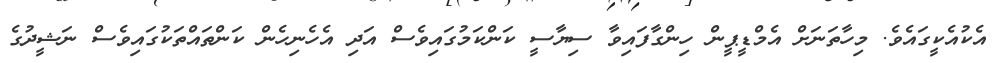
އެކުއެކީގައެވެ. މިހާތަނަށް އެމްޑީޕީން ހިންގާފައިވާ ސިޔާސީ ކަންކަމުގައިވެސް އަދި އެހެނިހެން ކަންތައްތަކުގައިވެސް ނަޝީދުގެ